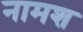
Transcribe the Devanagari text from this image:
नामश